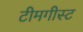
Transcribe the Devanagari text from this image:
टीमगीस्ट